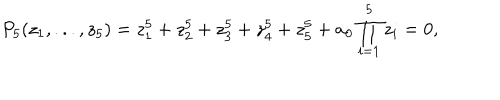
P _ { 5 } ( z _ { 1 } , . . . , z _ { 5 } ) = z _ { 1 } ^ { 5 } + z _ { 2 } ^ { 5 } + z _ { 3 } ^ { 5 } + z _ { 4 } ^ { 5 } + z _ { 5 } ^ { 5 } + a _ { 0 } \prod _ { i = 1 } ^ { 5 } z _ { i } = 0 ,